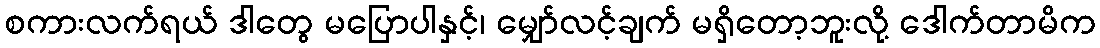
စကားလက်ရယ် ဒါတွေ မပြောပါနှင့်၊ မျှော်လင့်ချက် မရှိတော့ဘူးလို့ ဒေါက်တာမိက